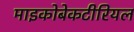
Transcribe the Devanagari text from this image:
माइकोबेकटीरियल